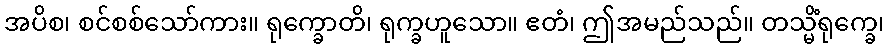
အပိစ၊ စင်စစ်သော်ကား။ ရုက္ခောတိ၊ ရုက္ခဟူသော။ ဧတံ၊ ဤအမည်သည်။ တသ္မိံရုက္ခေ၊